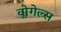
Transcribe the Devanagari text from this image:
वोगेल्स